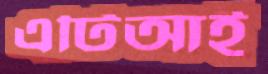
এটিআই